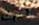
أعرف